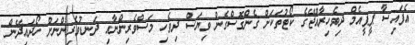
އެފައިސާ ޕީޕީއެމް ދިވެހިރާއްޖޭގެ ކޯޓުތަކަށް ގެންގޮސްގެން ވިޔަސް ދިވެހި މަސްވެރިންނާއި ދަނޑުވެރިންނަށް ހޯދައިދޭން